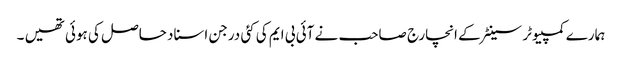
ہمارے کمپیوٹر سینٹر کے انچارج صاحب نے آئی بی ایم کی کئی درجن اسناد حاصل کی ہوئی تھیں ۔